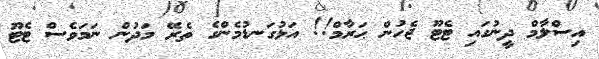
އިސްލާމް ދީނުގައި ޓެޓޫ ޖެހުން ޙަރާމް!! އަޅުގަނޑުމެންގެ ތެރޭ މަދުން ނަމަވެސް ޓެޓޫ